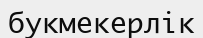
букмекерлік